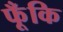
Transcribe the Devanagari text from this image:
फूँकि